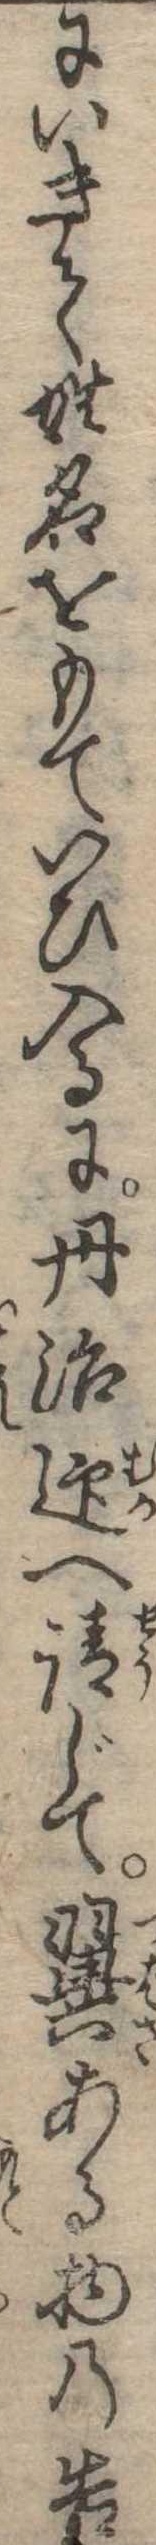
にいきて姓名をもていひ入るに丹治迎へ請じて翼ある物の告